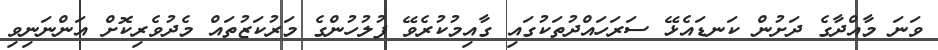
ވަނަ މާއްދާގެ ދަށުން ކަނޑައެޅޭ ސަރަހައްދުތަކުގައި ގާއިމުކުރެވޭ ފުލުހުންގެ މަރުކަޒުތައް މެދުވެރިކޮށް އަންނަނިވި